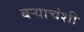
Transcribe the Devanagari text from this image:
बऱ्याचंशी